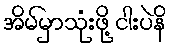
အိမ်မှာသုံးဖို့ ငါးပဲနိ